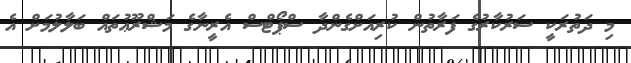
މި ދަތުރަކީ ސަރުކާރުގެ ފަރާތުން ކުރިއަށްގެންދާ ސްޕޯޓްސް އެރީނާގެ މަޝްރޫޢުތައް ބަލާލުމަށް އެ